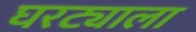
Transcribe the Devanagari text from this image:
घरट्याला